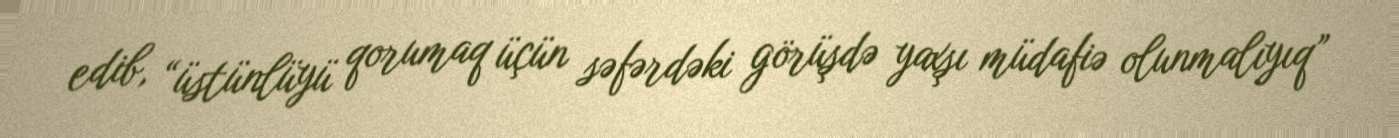
edib, “üstünlüyü qorumaq üçün səfərdəki görüşdə yaxşı müdafiə olunmalıyıq”